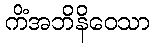
ကိံအဘိနိဝေသာ